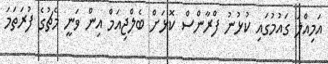
އަމިއްލަ ގައުމުގައި ކުޅުނު ފްރާންސް ކޮޅަށް ބެލްޖިއަމް އިން ވަނީ މެޗުގެ ފުރަތަމަ